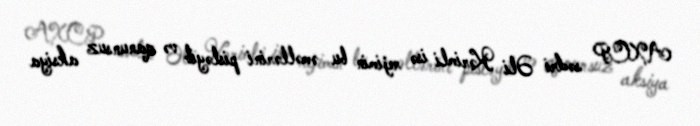
AXCP sədri Əli Kərimli isə rejimin bu əməllərini pisləyib və qanunsuz aksiya